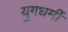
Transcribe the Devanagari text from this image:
युगधर्मी